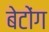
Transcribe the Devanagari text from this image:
बेटोंग